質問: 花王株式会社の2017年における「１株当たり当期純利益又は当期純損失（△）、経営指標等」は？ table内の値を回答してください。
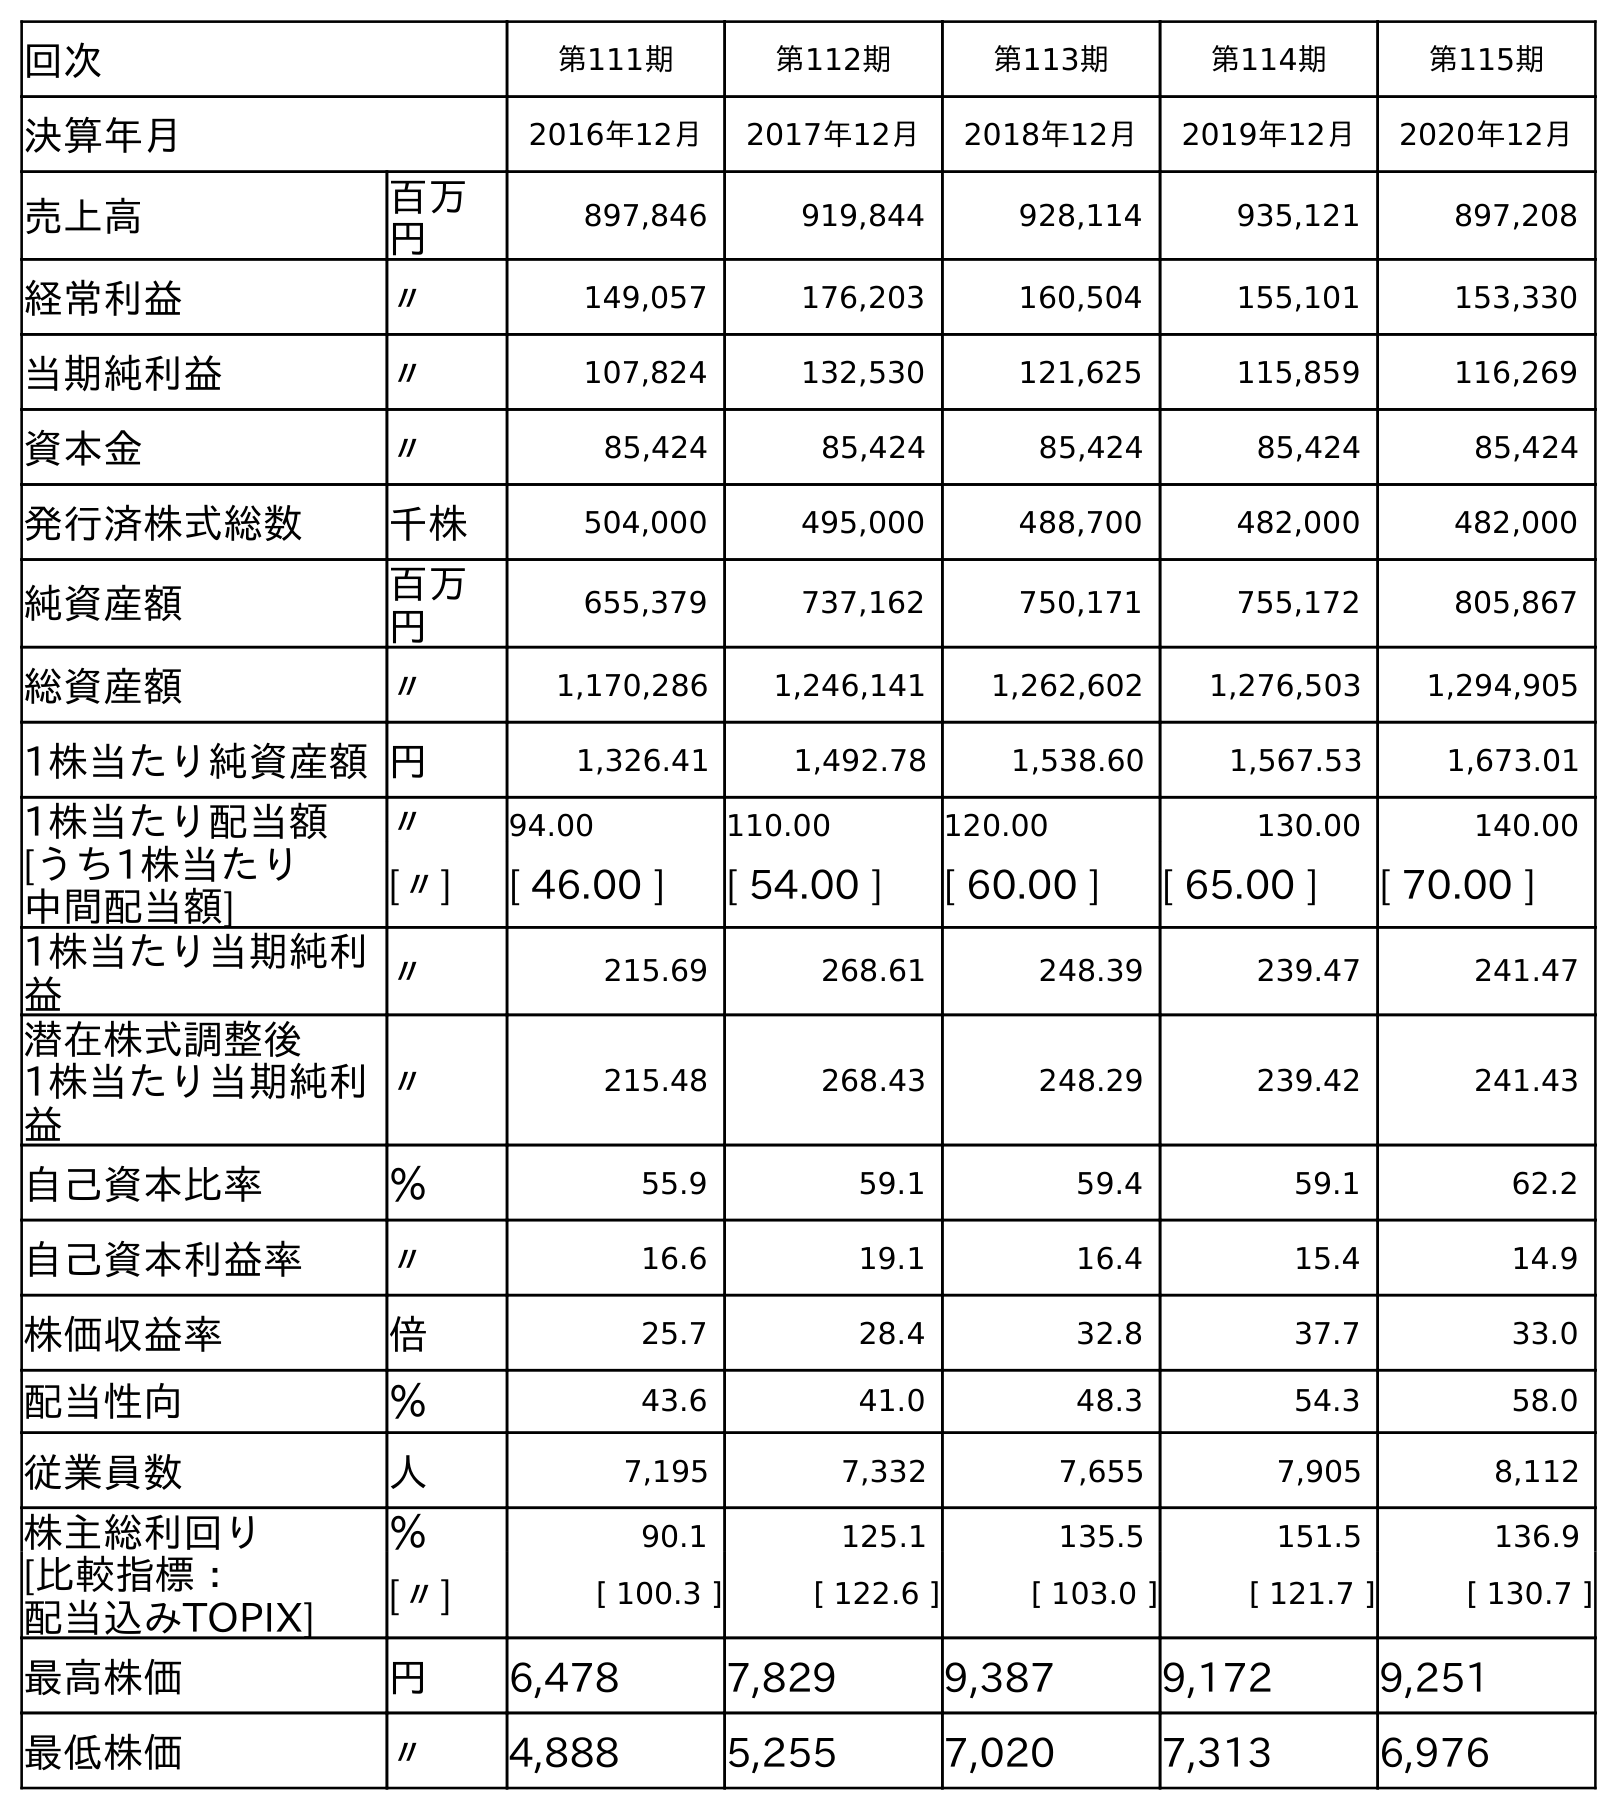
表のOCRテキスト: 回次 第111期 第112期 第113期 第114期 第115期 決算年月 2016年12月 2017年12月 2018年12月 2019年12月 2020年12月 売上高 百万 円 897,846 919,844 928,114 935,121 897,208 経常利益 〃 149,057 176,203 160,504 155,101 153,330 当期純利益 〃 107,824 132,530 121,625 115,859 116,269 資本金 〃 85,424 85,424 85,424 85,424 85,424 発行済株式総数 千株 504,000 495,000 488,700 482,000 482,000 純資産額 百万 円 655,379 737,162 750,171 755,172 805,867 総資産額 〃 1,170,286 1,246,141 1,262,602 1,276,503 1,294,905 1株当たり純資産額円 1,326.41 1,492.78 1,538.60 1,567.53 1,673.01 1株当たり配当額 〃 94.00 110.00 120.00 130.00 140.00 [うち1株当たり 中間配当額] [〃] [ 46.00 ] [ 54.00 ] [ 60.00 ] [ 65.00 ] [ 70.00 ] 1株当たり当期純利 益 〃 215.69 268.61 248.39 239.47 241.47 潜在株式調整後 1株当たり当期純利 益 〃 215.48 268.43 248.29 239.42 241.43 自己資本比率 ％ 55.9 59.1 59.4 59.1 62.2 自己資本利益率 〃 16.6 19.1 16.4 15.4 14.9 株価収益率 倍 25.7 28.4 32.8 37.7 33.0 配当性向 ％ 43.6 41.0 48.3 54.3 58.0 従業員数 人 7,195 7,332 7,655 7,905 8,112 株主総利回り ％ 90.1 125.1 135.5 151.5 136.9 [比較指標： 配当込みTOPIX] [〃] [ 100.3 ] [ 122.6 ] [ 103.0 ] [ 121.7 ] [ 130.7 ] 最高株価 円 6,478 7,829 9,387 9,172 9,251 最低株価 〃 4,888 5,255 7,020 7,313 6,976
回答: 268.61